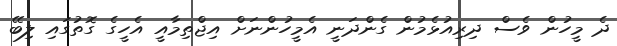
ދެ މީހުން ވެސް ދިރިއުޅެމުން ގެންދަނީ އެމީހުންނަށް އިޖްތިމާއީ އެހީގެ ގޮތުގައި ލިބޭ